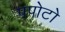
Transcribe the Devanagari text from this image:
पपोटो